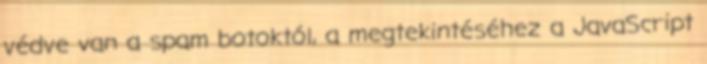
védve van a spam botoktól, a megtekintéséhez a JavaScript